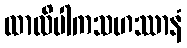
ထာလိပါကသဟဿာနံ